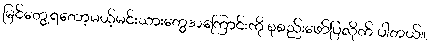
မြင်တွေ့ရတော့မယ့်မင်းသားတွေအကြောင်းကို စုစည်းဖော်ပြလိုက် ပါတယ်။